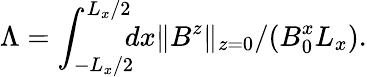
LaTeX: \Lambda=\int_{-L_{x}/2}^{L_{x}/2}\! \! \! dx\| B^{z}\| _{z=0}/(B_{0}^{x}L_{x}).